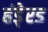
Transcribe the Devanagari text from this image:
हंडे्रड